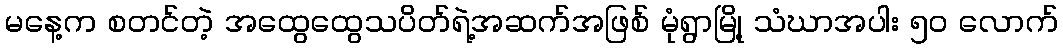
မနေ့က စတင်တဲ့ အထွေထွေသပိတ်ရဲ့အဆက်အဖြစ် မုံရွာမြို့ သံဃာအပါး ၅၀ လောက်